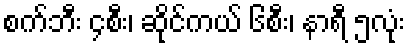
စက်ဘီး ၄စီး၊ ဆိုင်ကယ် ၆စီး၊ နာရီ ၅လုံး